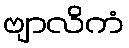
ဗျာလိကံ